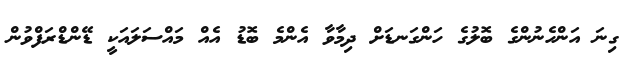
ގިނަ އަންހެނުންގެ ބޮލުގެ ހަންގަނޑަށް ދިމާވާ އެންމެ ބޮޑު އެއް މައްސަލައަކީ ޑޭންޑްރަފްވުން